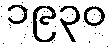
၁၉၃၀